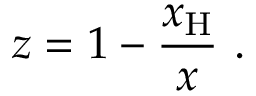
z = 1 - \frac { x _ { \mathrm { H } } } { x } \ .